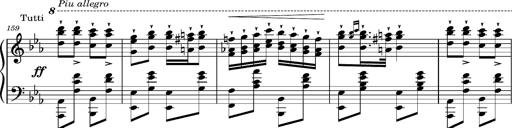
Title: Magyar rapszÃ³diÃ¡k
Composer: Franz Liszt